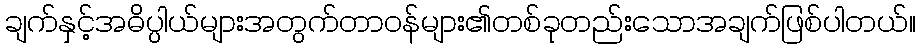
ချက်နှင့်အဓိပ္ပါယ်များအတွက်တာဝန်များ၏တစ်ခုတည်းသောအချက်ဖြစ်ပါတယ်။